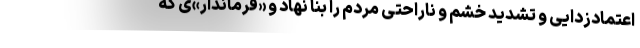
اعتمادزدایی و تشدید خشم و ناراحتی مردم را بنا نهاد و «فرماندار»ی که